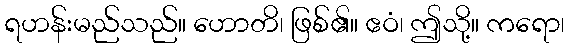
ရဟန်းမည်သည်။ ဟောတိ၊ ဖြစ်၏။ ဧဝံ၊ ဤသို့။ ကရော၊